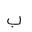
Letter: _ba